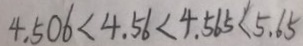
4 . 5 0 6 < 4 . 5 6 < 4 . 5 6 5 < 5 . 6 5